DOW-UAP-D16, Mission Report, Syria, July 2022
Agency: Department of War
Incident date: 7/31/22
Incident location: Syria
Page 7
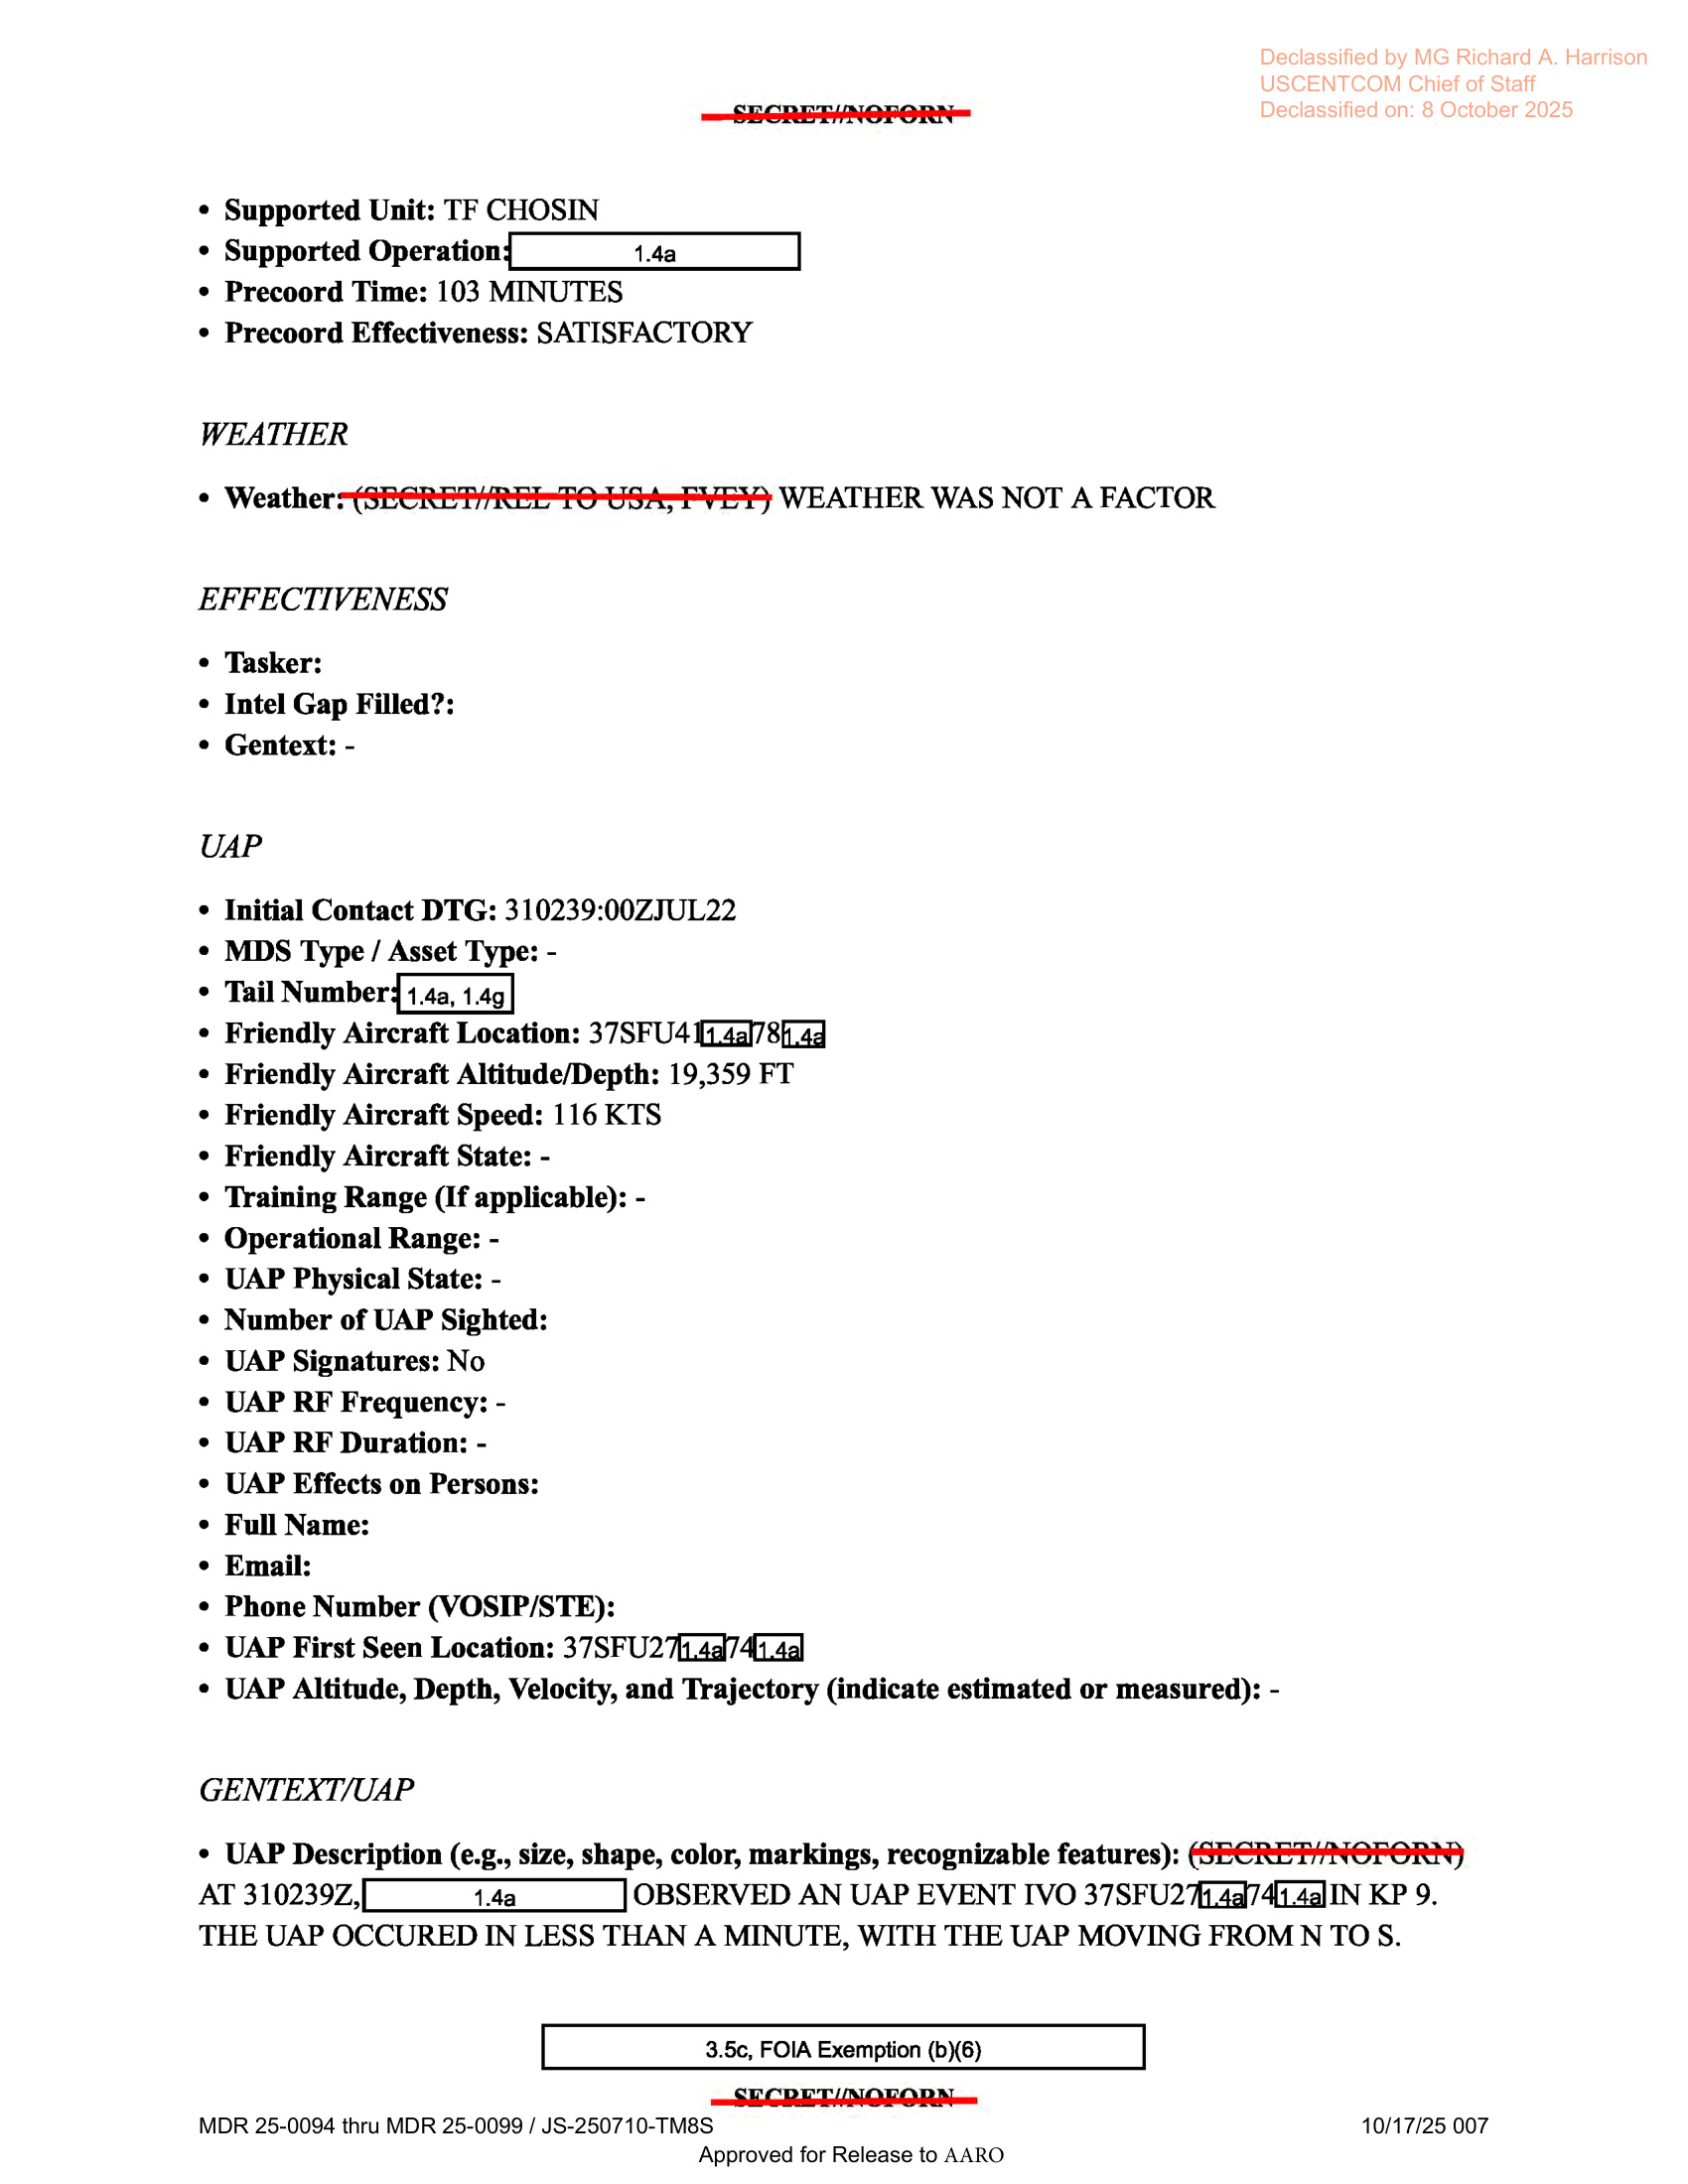